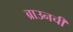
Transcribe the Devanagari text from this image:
ब्राउनची